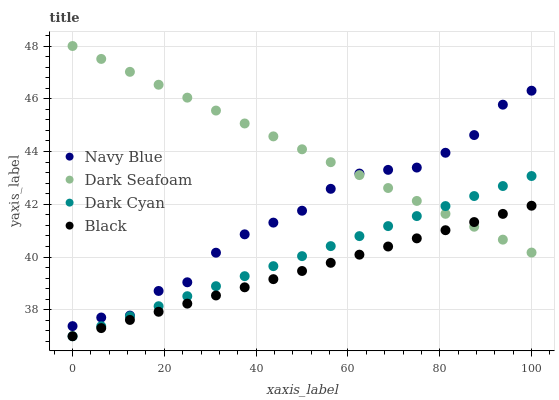
| xaxis_label | Navy Blue | Dark Seafoam | Dark Cyan | Black |
 | --- | --- | --- | --- | --- |
 | 0 | 37.4 | 48 | 37 | 37 |
 | 6.25 | 37.7 | 47.5 | 37.4 | 37.3 |
 | 12.5 | 37.8 | 47 | 37.8 | 37.6 |
 | 18.8 | 38.7 | 46.5 | 38.1 | 37.9 |
 | 25 | 39 | 46 | 38.5 | 38.2 |
 | 31.2 | 40.2 | 45.6 | 38.9 | 38.5 |
 | 37.5 | 40.9 | 45.1 | 39.3 | 38.9 |
 | 43.8 | 41.3 | 44.6 | 39.7 | 39.2 |
 | 50 | 41.8 | 44.1 | 40 | 39.5 |
 | 56.2 | 42.6 | 43.6 | 40.4 | 39.8 |
 | 62.5 | 43.2 | 43.1 | 40.8 | 40.1 |
 | 68.8 | 43.3 | 42.6 | 41.2 | 40.4 |
 | 75 | 43.4 | 42.1 | 41.6 | 40.7 |
 | 81.2 | 44 | 41.6 | 41.9 | 41 |
 | 87.5 | 44.6 | 41.2 | 42.3 | 41.3 |
 | 93.8 | 45.8 | 40.7 | 42.7 | 41.6 |
 | 100 | 46.3 | 40.2 | 43.1 | 41.9 |